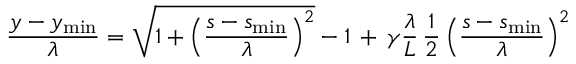
\frac { y - y _ { \mathrm { m i n } } } { \lambda } = \sqrt { 1 + \left( \frac { s - s _ { \mathrm { m i n } } } { \lambda } \right) ^ { 2 } } - 1 ~ \! + ~ \! \gamma \frac { \lambda } { L } ~ \! \frac { 1 } { 2 } \left( \frac { s - s _ { \mathrm { m i n } } } { \lambda } \right) ^ { 2 }